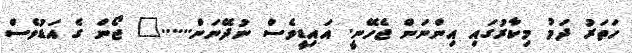
ހަތަރު ދަމު މިކާރުގައި އިންނަން ޖެހޭނީ. އައިޑީވެސް ނުދޭނަން......" ޖޯން ގެ އަޑުވެސް